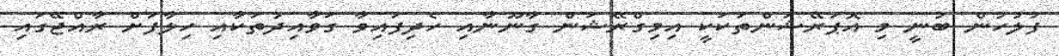
ފުލުހުން ބުނީ މި އޮޕަރޭޝަންތަކަކީ އިމިގްރޭޝަން ގާނޫނާއި ހެދިފައިވާ ގަވާއިދުތަކާއި ހިލާފަށް ރާއްޖޭގައި